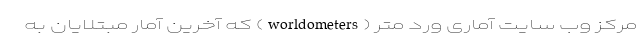
مرکز وب سایت آماری ورد متر (worldometers) که آخرین آمار مبتلایان به